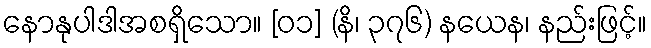
နောနုပါဒါအစရှိသော။ [၀၁] (နိ၊ ၃၇၆) နယေန၊ နည်းဖြင့်။